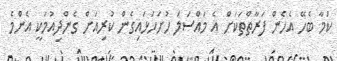
ކަމާ ބެހޭ އެހެން ފަރާތްތަކަށް އެ މައްސަލަ ހުށަހަޅައިގެން ކުރިއަށް ގެންދިއުމަކީ އެންމެ